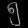
Digit: ၅